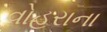
વોહરાના